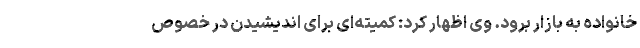
خانواده به بازار برود. وی اظهار کرد: کمیته‌ای برای اندیشیدن در خصوص